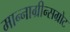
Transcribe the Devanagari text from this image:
मान्नाग्रीन्सग्रोट